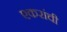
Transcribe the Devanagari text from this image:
एकरांची